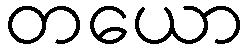
တယော